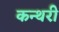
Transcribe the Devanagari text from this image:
कन्थरी